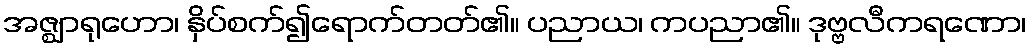
အဇ္ဈာရုဟော၊ နှိပ်စက်၍ရောက်တတ်၏။ ပညာယ၊ ကပညာ၏။ ဒုဗ္ဗလီကရဏော၊